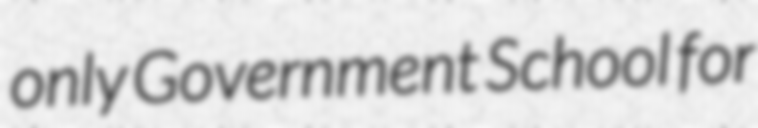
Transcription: only Government School for